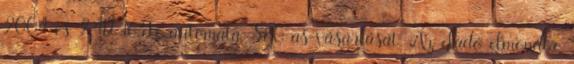
2004-es 2.4D 163Le automata, S80-as vásárlását. Az eladó elmondta,